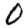
Digit: 0